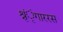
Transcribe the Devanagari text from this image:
श्रृंृंगाररस